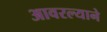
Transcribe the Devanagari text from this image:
आवरल्याने